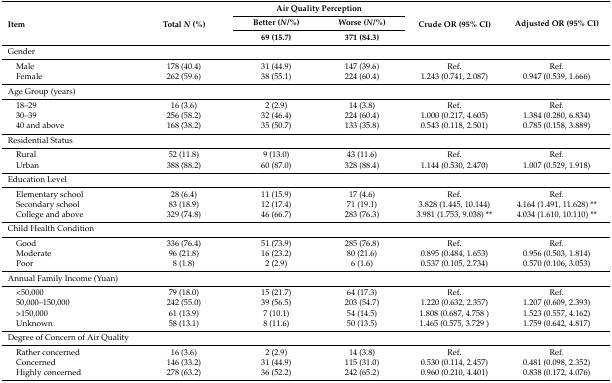
<table><thead><tr><td rowspan="3"><b>Item</b></td><td rowspan="3"><b>Total <i>N</i> (%)</b></td><td colspan="2"><b>Air Quality Perception</b></td><td rowspan="3"><b>Crude OR (95% CI)</b></td><td rowspan="3"><b>Adjusted OR (95% CI)</b></td></tr><tr><td><b>Better (<i>N</i>/%)</b></td><td><b>Worse (<i>N</i>/%)</b></td></tr><tr><td><b>69 (15.7)</b></td><td><b>371 (84.3)</b></td></tr></thead><tbody><tr><td>Gender</td><td></td><td></td><td></td><td></td><td></td></tr><tr><td> Male</td><td>178 (40.4)</td><td>31 (44.9)</td><td>147 (39.6)</td><td>Ref.</td><td>Ref.</td></tr><tr><td> Female</td><td>262 (59.6)</td><td>38 (55.1)</td><td>224 (60.4)</td><td>1.243 (0.741, 2.087)</td><td>0.947 (0.539, 1.666)</td></tr><tr><td>Age Group (years)</td><td></td><td></td><td></td><td></td><td></td></tr><tr><td> 18–29</td><td>16 (3.6)</td><td>2 (2.9)</td><td>14 (3.8)</td><td>Ref.</td><td>Ref.</td></tr><tr><td> 30–39</td><td>256 (58.2)</td><td>32 (46.4)</td><td>224 (60.4)</td><td>1.000 (0.217, 4.605)</td><td>1.384 (0.280, 6.834)</td></tr><tr><td> 40 and above</td><td>168 (38.2)</td><td>35 (50.7)</td><td>133 (35.8)</td><td>0.543 (0.118, 2.501)</td><td>0.785 (0.158, 3.889)</td></tr><tr><td>Residential Status</td><td></td><td></td><td></td><td></td><td></td></tr><tr><td> Rural</td><td>52 (11.8)</td><td>9 (13.0)</td><td>43 (11.6)</td><td>Ref.</td><td>Ref.</td></tr><tr><td> Urban</td><td>388 (88.2)</td><td>60 (87.0)</td><td>328 (88.4)</td><td>1.144 (0.530, 2.470)</td><td>1.007 (0.529, 1.918)</td></tr><tr><td>Education Level</td><td></td><td></td><td></td><td></td><td></td></tr><tr><td> Elementary school</td><td>28 (6.4)</td><td>11 (15.9)</td><td>17 (4.6)</td><td>Ref.</td><td>Ref.</td></tr><tr><td> Secondary school</td><td>83 (18.9)</td><td>12 (17.4)</td><td>71 (19.1)</td><td>3.828 (1.445, 10.144)</td><td>4.164 (1.491, 11.628) **</td></tr><tr><td> College and above</td><td>329 (74.8)</td><td>46 (66.7)</td><td>283 (76.3)</td><td>3.981 (1.753, 9.038) **</td><td>4.034 (1.610, 10.110) **</td></tr><tr><td>Child Health Condition</td><td></td><td></td><td></td><td></td><td></td></tr><tr><td> Good</td><td>336 (76.4)</td><td>51 (73.9)</td><td>285 (76.8)</td><td>Ref.</td><td>Ref.</td></tr><tr><td> Moderate</td><td>96 (21.8)</td><td>16 (23.2)</td><td>80 (21.6)</td><td>0.895 (0.484, 1.653)</td><td>0.956 (0.503, 1.814)</td></tr><tr><td> Poor</td><td>8 (1.8)</td><td>2 (2.9)</td><td>6 (1.6)</td><td>0.537 (0.105, 2.734)</td><td>0.570 (0.106, 3.053)</td></tr><tr><td>Annual Family Income (Yuan)</td><td></td><td></td><td></td><td></td><td></td></tr><tr><td> &lt;50,000</td><td>79 (18.0)</td><td>15 (21.7)</td><td>64 (17.3)</td><td>Ref.</td><td>Ref.</td></tr><tr><td> 50,000–150,000</td><td>242 (55.0)</td><td>39 (56.5)</td><td>203 (54.7)</td><td>1.220 (0.632, 2.357)</td><td>1.207 (0.609, 2.393)</td></tr><tr><td> &gt;150,000</td><td>61 (13.9)</td><td>7 (10.1)</td><td>54 (14.5)</td><td>1.808 (0.687, 4.758 )</td><td>1.523 (0.557, 4.162)</td></tr><tr><td> Unknown</td><td>58 (13.1)</td><td>8 (11.6)</td><td>50 (13.5)</td><td>1.465 (0.575, 3.729 )</td><td>1.759 (0.642, 4.817)</td></tr><tr><td>Degree of Concern of Air Quality</td><td></td><td></td><td></td><td></td><td></td></tr><tr><td> Rather concerned</td><td>16 (3.6)</td><td>2 (2.9)</td><td>14 (3.8)</td><td>Ref.</td><td>Ref.</td></tr><tr><td> Concerned</td><td>146 (33.2)</td><td>31 (44.9)</td><td>115 (31.0)</td><td>0.530 (0.114, 2.457)</td><td>0.481 (0.098, 2.352)</td></tr><tr><td> Highly concerned</td><td>278 (63.2)</td><td>36 (52.2)</td><td>242 (65.2)</td><td>0.960 (0.210, 4.401)</td><td>0.838 (0.172, 4.076)</td></tr></tbody></table>